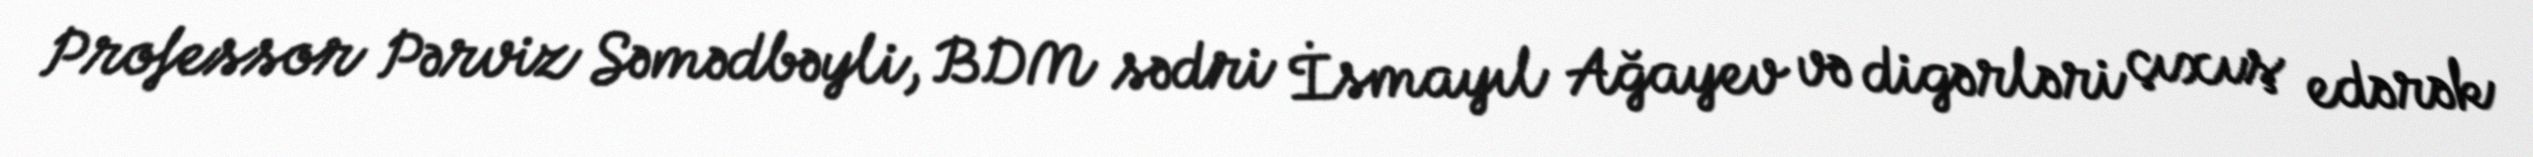
Professor Pərviz Səmədbəyli, BDM sədri İsmayıl Ağayev və digərləri çıxış edərək